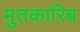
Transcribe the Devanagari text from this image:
मुतकारिब